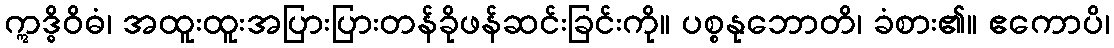
ဣဒ္ဓိဝိဓံ၊ အထူးထူးအပြားပြားတန်ခိုဖန်ဆင်းခြင်းကို။ ပစ္စနုဘောတိ၊ ခံစား၏။ ဧကောပိ၊